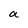
Character: a